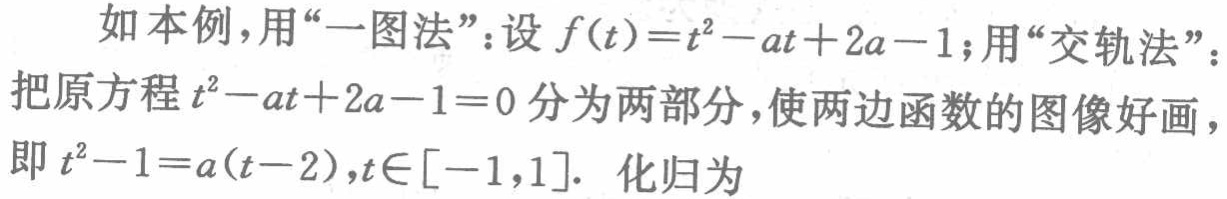
如本例，用“一图法”：设\(f(t)=t^{2}-at + 2a - 1\)；用“交轨法”：把原方程\(t^{2}-at + 2a - 1 = 0\)分为两部分，使两边函数的图像好画，即\(t^{2}-1=a(t - 2)\)，\(t\in[-1,1]\)。化归为